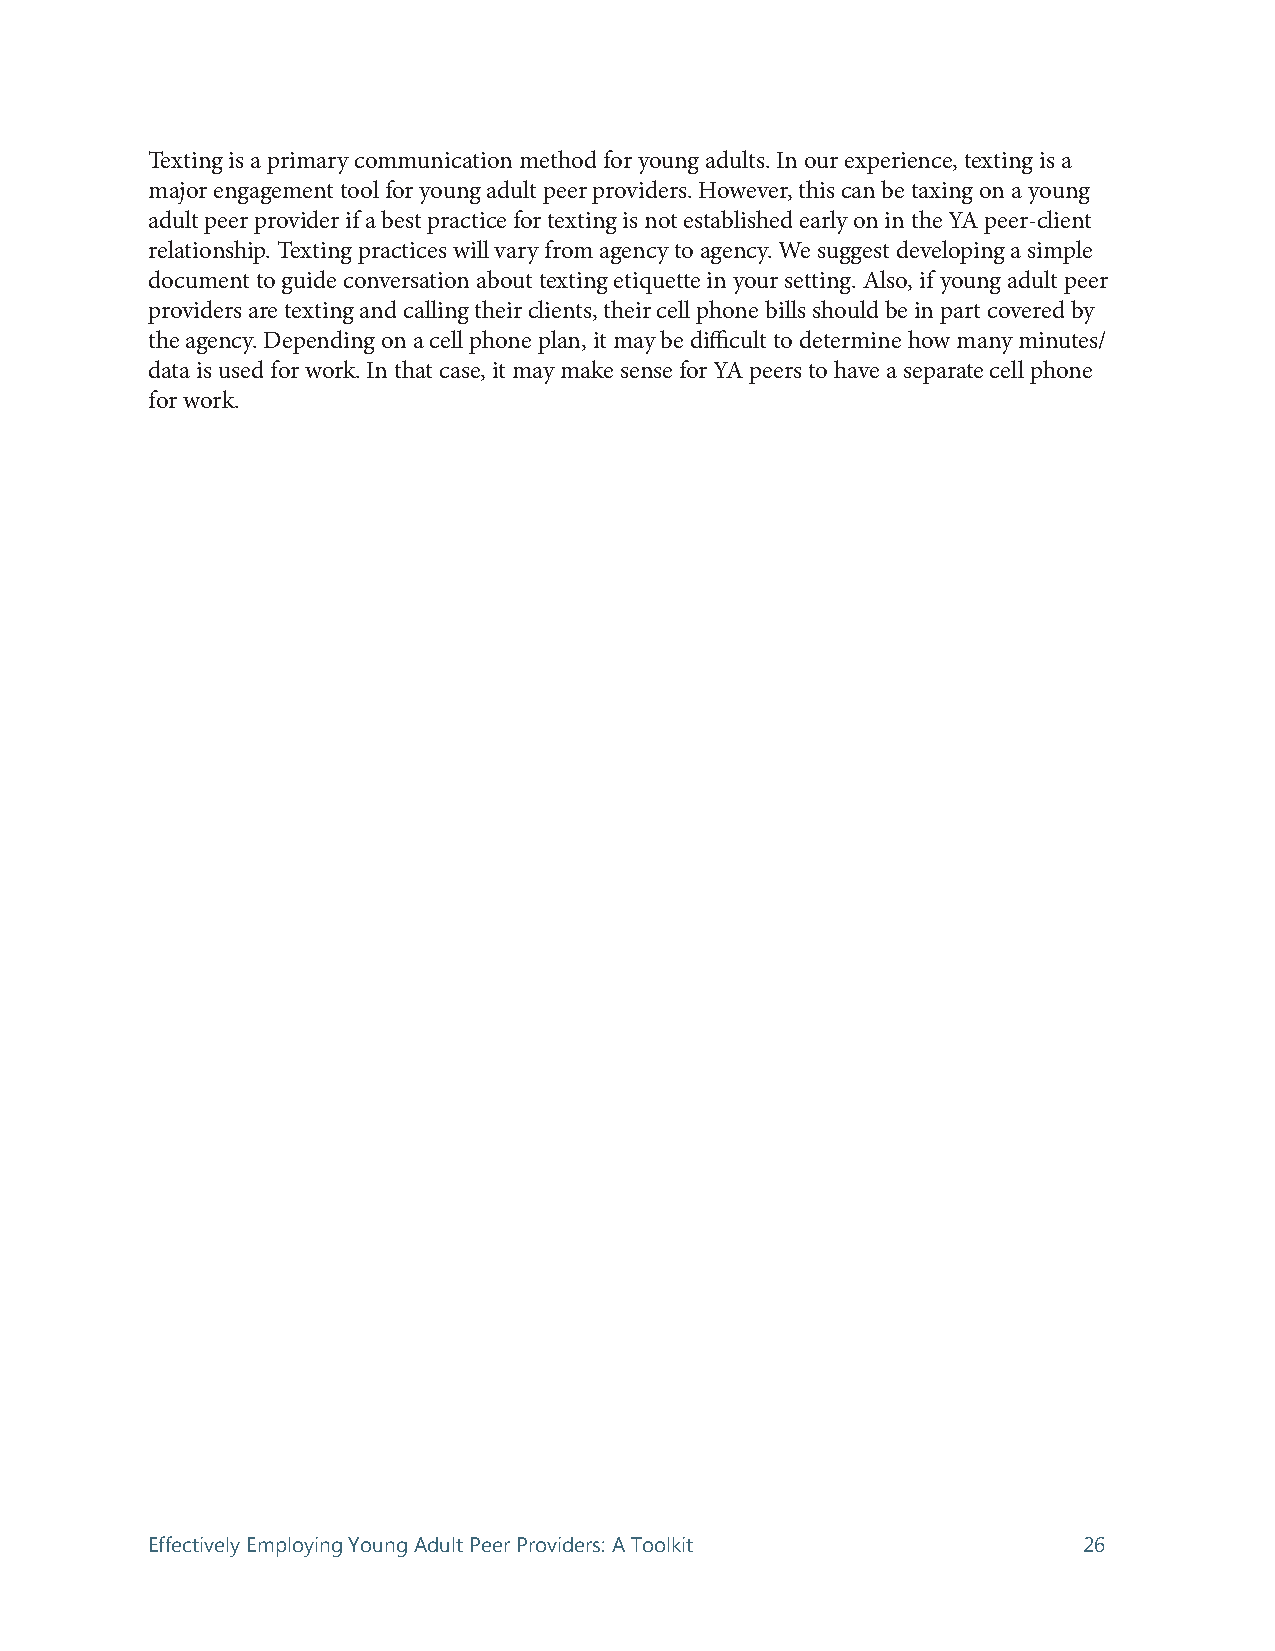
Texting is a primary communication method for young adults. In our experience, texting is a
 major engagement tool for young adult peer providers. However, this can be taxing on a young
 adult peer provider if a best practice for texting is not established early on in the YA peer-client
 relationship. Texting practices will vary from agency to agency. We suggest developing a simple
 document to guide conversation about texting etiquette in your setting. Also, if young adult peer
 providers are texting and calling their clients, their cell phone bills should be in part covered by
 the agency. Depending on a cell phone plan, it may be difficult to determine how many minutes/
 data is used for work. In that case, it may make sense for YA peers to have a separate cell phone
 for work.
 Effectively Employing Young Adult Peer Providers: A Toolkit   26